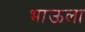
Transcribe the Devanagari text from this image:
भाऊला